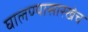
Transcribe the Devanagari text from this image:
घालण्यासारखेच